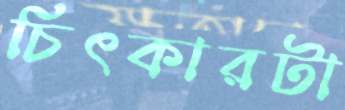
চিৎকারটা